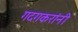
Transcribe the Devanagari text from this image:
गदगकरांनी